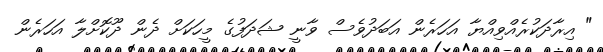
" އިރާދަކުރެއްވިއްޔާ އަހަރެން އަބަދުވެސް ވާނީ ޝަދަފުގެ މީހަކަށް ދެން ދޫކޮށްލާ އަހަރެން